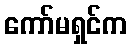
ကော်မရှင်က